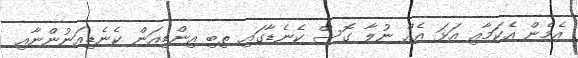
އެމެން އެކަމާއި އަޅަ އެއް ނުލާ ގޮސް ކެނެޑާގައި ތިބި އިންޑިއަން ކެނެޑިއަނުންނާއި